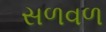
સળવળ